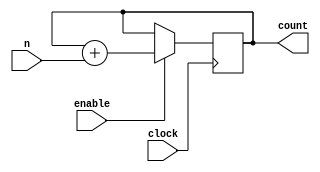
`timescale 1ns / 100ps	// unit time is 1ns, resolution is 100ps

//--------------------------------------------------------------
// Design Name: Counter_10
// Function: a 10-bit synchronous counter with synchronous clock
//--------------------------------------------------------------

module ncounter (
	clock,		// clock input
	enable,		// high enable counter
	n,				// count up value
	count			// count value
);

// ------ Declare ports ------

	parameter BIT_SZ = 10;
	input clock;
	input enable;
	input	 [BIT_SZ-1:0] n;
	output [BIT_SZ-1:0] count;
	
// count needs to be declared as reg

	reg [BIT_SZ-1:0] count;
	
// ---- always initialise storage elements such as D-FF

	initial count = 0;

// ---- Main body of the module ------

	always @ (posedge clock)
		if (enable == 1'b1)
			count <= count + n;
			
endmodule